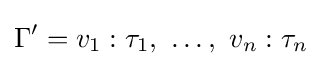
\Gamma '=v_{1}:\tau _{1},\ \dots ,\ v_{n}:\tau _{n}